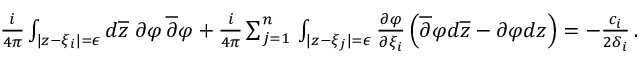
\begin{array} { r } { { \frac { i } { 4 \pi } } \int _ { | z - \xi _ { i } | = \epsilon } d \overline { { z } } \; \partial \varphi \, \overline { { \partial } } \varphi + { \frac { i } { 4 \pi } } \sum _ { j = 1 } ^ { n } \, \int _ { | z - \xi _ { j } | = \epsilon } { \frac { \partial \varphi } { \partial \xi _ { i } } } \left( \overline { { \partial } } \varphi d \overline { { z } } - \partial \varphi d z \right) = - { \frac { c _ { i } } { 2 \delta _ { i } } } \, . } \end{array}